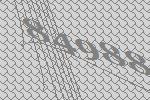
84988